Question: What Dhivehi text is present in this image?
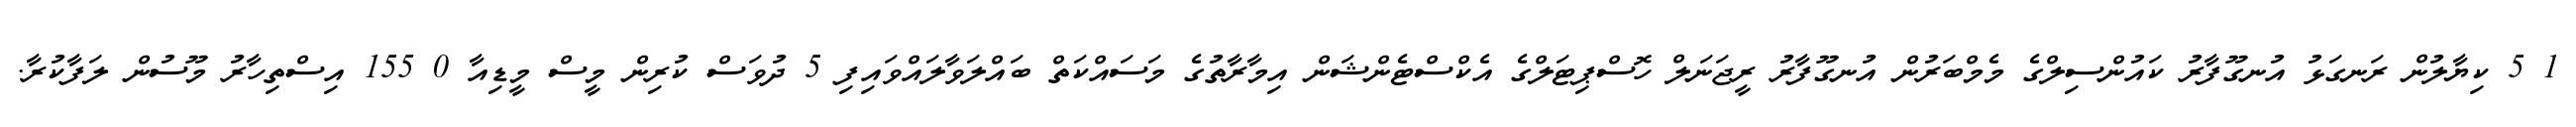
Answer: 1 5 ކިޔާލުން ރަނގަޅު އުނގޫފާރު ކައުންސިލްގެ މެމްބަރުން އުނގޫފާރު ރީޖަނަލް ހޮސްޕިޓަލްގެ އެކްސްޓެންޝަން އިމާރާތުގެ މަސައްކަތް ބައްލަވާލައްވައިފި 5 ދުވަސް ކުރިން މީސް މީޑިއާ 0 155 އިސްތިހާރު މޫސުން ލަފާކުރާ.